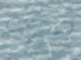
لشرب